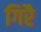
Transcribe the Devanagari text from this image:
गिरै